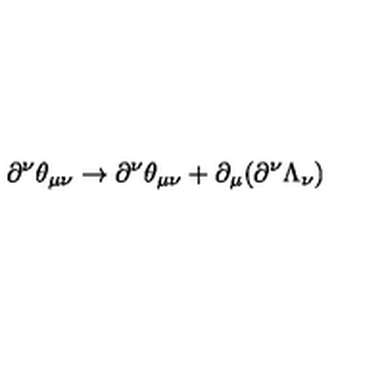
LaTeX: \partial ^ { \nu } \theta _ { \mu \nu } \rightarrow \partial ^ { \nu } \theta _ { \mu \nu } + \partial _ { \mu } ( \partial ^ { \nu } \Lambda _ { \nu } )